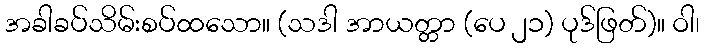
အခါခပ်သိမ်းစပ်ထသော။ (သဒါ အာယတ္တာ (ပေ ၂၁) ပုဒ်ဖြတ်)။ ဝါ၊